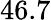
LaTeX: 46.7